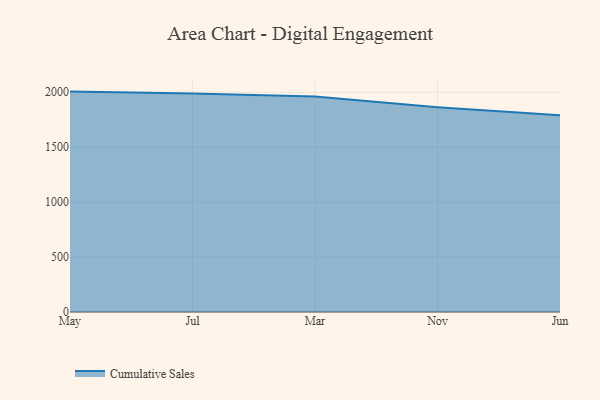
{"axis": {"x": "Month", "y": "Humidity (%)"}, "legend": ["Cumulative Sales"], "data": [{"x": "May", "y": 2006.1, "type": "Cumulative Sales"}, {"x": "Jul", "y": 1988.2, "type": "Cumulative Sales"}, {"x": "Mar", "y": 1960.9, "type": "Cumulative Sales"}, {"x": "Nov", "y": 1863.1, "type": "Cumulative Sales"}, {"x": "Jun", "y": 1789.8, "type": "Cumulative Sales"}]}